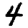
Digit: 4